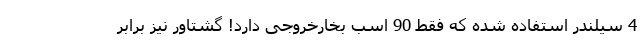
4 سیلندر استفاده شده که فقط 90 اسب بخارخروجی دارد! گشتاور نیز برابر